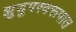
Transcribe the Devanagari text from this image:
झुडुपस्वरूपात